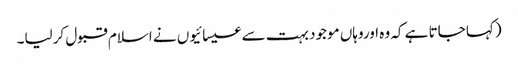
(کہا جاتا ہے کہ وہ اوروہاں موجود بہت سے عیسائیوں نے اسلام قبول کرلیا۔